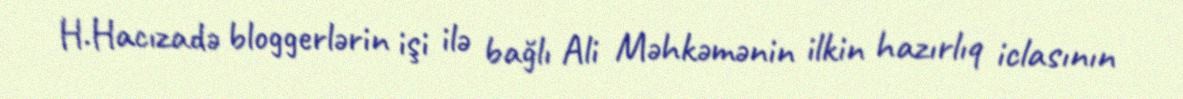
H.Hacızadə bloggerlərin işi ilə bağlı Ali Məhkəmənin ilkin hazırlıq iclasının